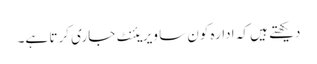
دیکھتے ہیں کہ ادارہ کون سا ویریئنٹ جاری کرتا ہے۔